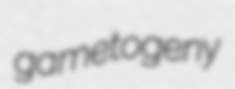
gametogeny